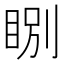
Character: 𥇂